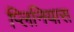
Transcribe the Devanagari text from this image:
प्लिनियास